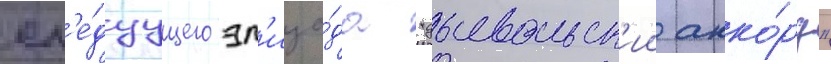
сл'е́дуущего эп'изо́да "дьявольск'ии акко́рд"